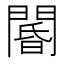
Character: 閽